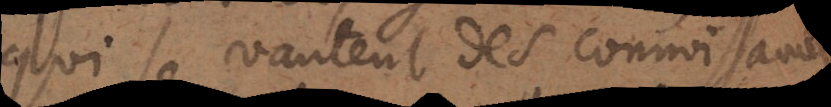
qui se vantent des connaissances